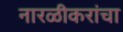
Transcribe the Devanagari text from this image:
नारळीकरांचा